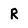
Character: R